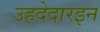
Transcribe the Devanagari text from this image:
उहदेदारइन